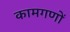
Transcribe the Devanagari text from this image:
कामगणों